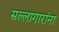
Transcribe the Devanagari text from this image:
सल्लागारांना